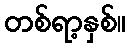
တစ်ရာ့နှစ်။